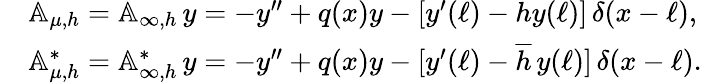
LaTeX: \begin{array}{rl}&{{\mathbb A}_{\mu,h}={\mathbb A}_{\infty,h}\, y=-y^{\prime\prime}+q(x)y-[y^{\prime}(\ell)-hy(\ell)]\, \delta(x-\ell),}\\ &{{\mathbb A}_{\mu,h}^{*}={\mathbb A}_{\infty,h}^{*}\, y=-y^{\prime\prime}+q(x)y-[y^{\prime}(\ell)-\overline{{h}}\, y(\ell)]\, \delta(x-\ell).}\end{array}